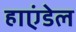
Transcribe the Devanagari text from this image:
हाएंडेल